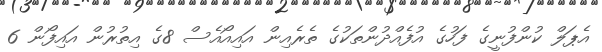
އެޕަލް ކުންފުނީގެ ފަހުގެ އުފެއްދުންތަކުގެ ތެރެއިން އައިއޯއެސް 8ގެ އިތުރުން އައިފޯން 6